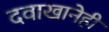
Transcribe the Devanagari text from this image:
दवाखानेही